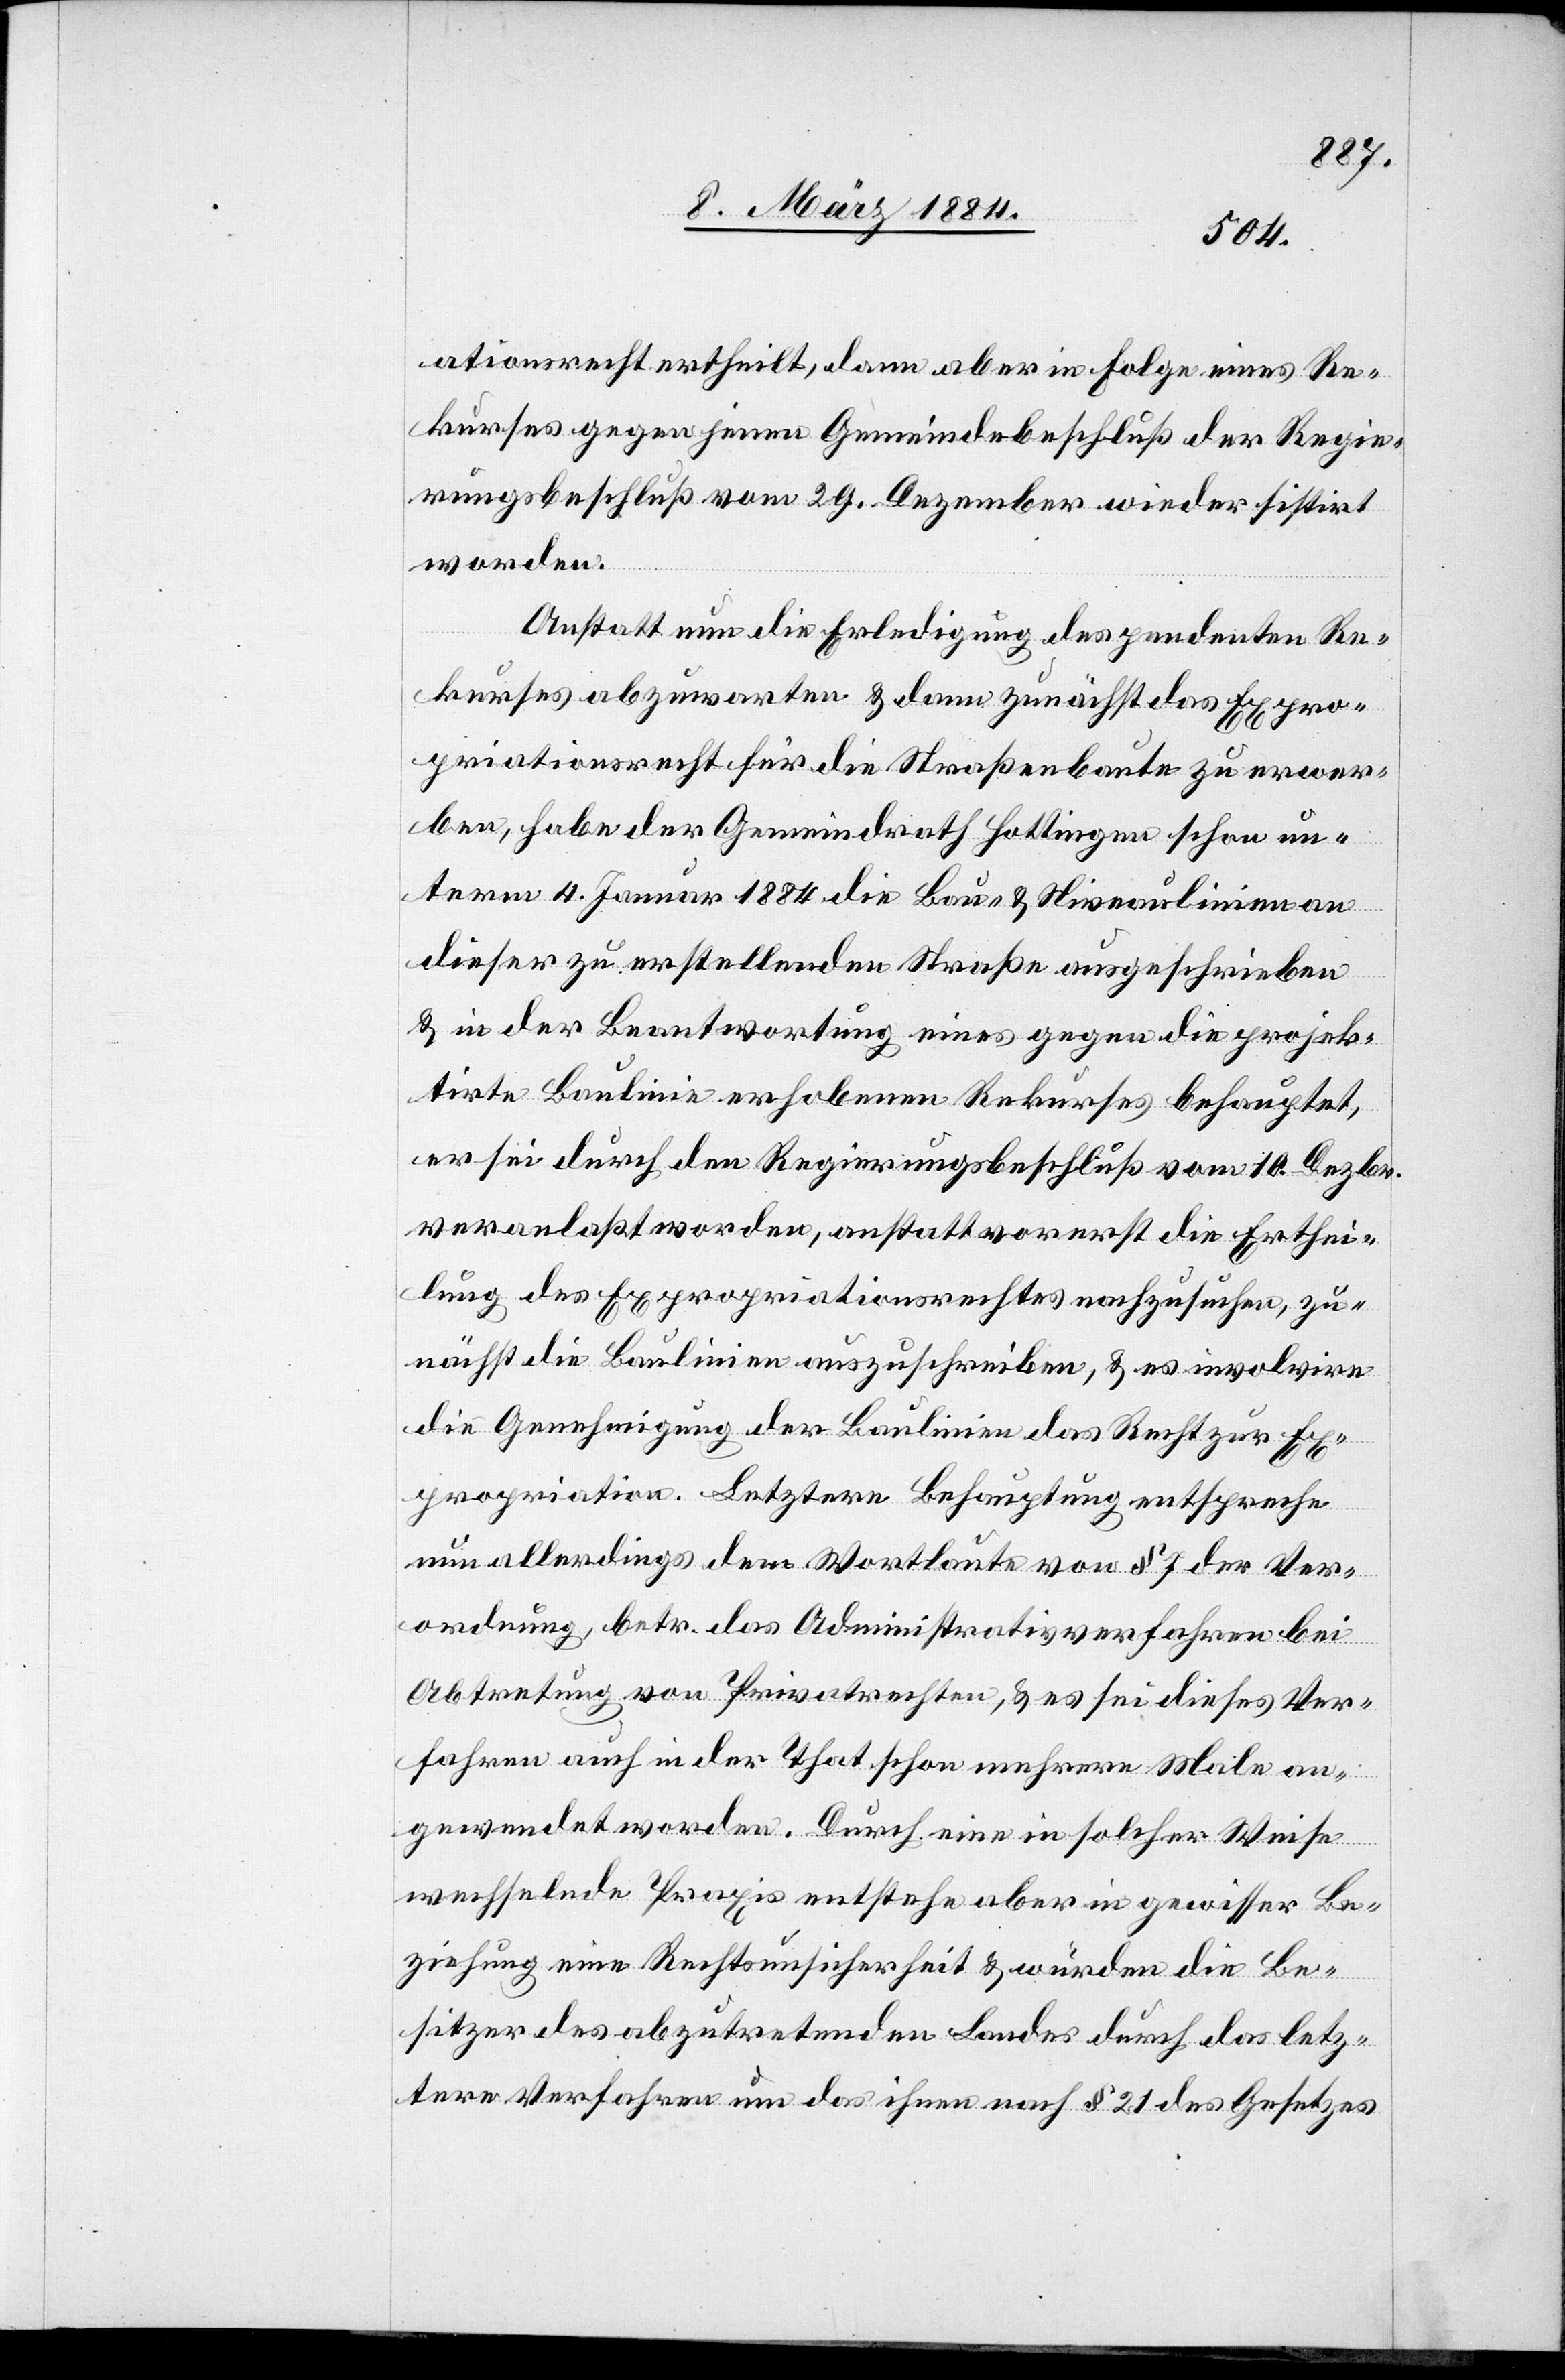
ationsrecht ertheilt, dann aber in Folge eines Re¬
kurses gegen jenen Gemeindebeschluß der Regie¬
rungsbeschluß vom 29. Dezember wieder sistirt
worden.
Anstatt nun die Erledigung des pendenten Re¬
kurses abzuwarten & dann zunächst das Expro¬
priationsrecht für die Straßenbaute zu erwer¬
ben, habe der Gemeindrath Hottingen schon un¬
term 4. Januar 1884 die Bau- & Niveaulinien an
dieser zu erstellenden Straße ausgeschrieben
& in der Beantwortung eines gegen die projek¬
tirten Baulinie erhobenen Rekurses behauptet,
er sei durch den Regierungsbeschluß vom 10. Dezbr.
veranlaßt worden, anstatt vorerst die Erthei¬
lung des Expropriationsrechtes nachzusuchen, zu¬
nächst die Baulinien auszuschreiben, & es involvire
die Genehmigung der Baulinie das Recht zur Ex¬
propriation. Letzterer Behauptung entspreche
nun allerdings der Wortlaut von § 7 der Ver¬
ordnung, betr. das Administrativverfahren bei
Abtretung von Privatrechten, & es sei dieses Ver¬
fahren auch in der That schon mehrere Male an¬
gewendet worden. Durch eine in solcher Weise
wechselnde Praxis entstehe aber in gewisser Be¬
ziehung eine Rechtsunsicherheit & würden die Be¬
sitzer des abzutretenden Landes durch das letz¬
tere Verfahren um das ihnen nach § 21 des Gesetzes